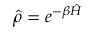
\hat { \rho } = e ^ { - \beta \hat { H } }